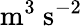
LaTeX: \mathrm{m}^{3}\ \mathrm{s}^{-2}